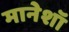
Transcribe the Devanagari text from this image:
मानेशॉ